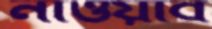
নাওয়াব